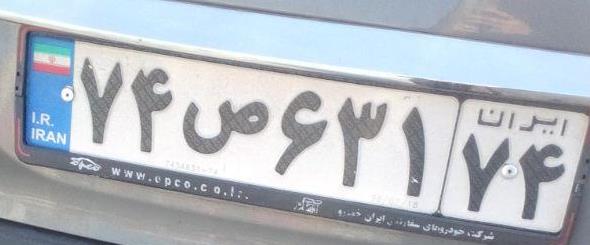
۷۴ص۶۳۱۷۴